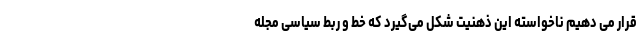
قرار می دهیم ناخواسته این ذهنیت شکل می‌گیرد که خط و ربط سیاسی مجله